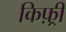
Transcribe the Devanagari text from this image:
किफ़्री